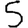
Digit: 5